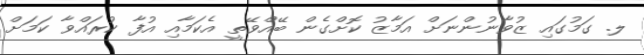
ލ. ގަމުގައި ޒުވާނުންނަށް އަމާޒު ކޮށްގެން ބޭއްވޭތީ އެކަމާއި އުފާ ކުރައްވާ ކަމަށް